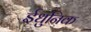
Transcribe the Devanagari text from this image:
ईधुनिक